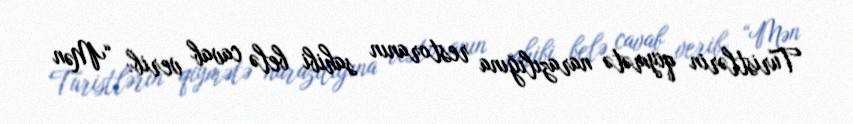
Turistlərin qiymətə narazılığına restoranın sahibi belə cavab verib: “Mən